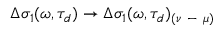
\Delta \sigma _ { 1 } ( \omega , \tau _ { d } ) \rightarrow \Delta \sigma _ { 1 } ( \omega , \tau _ { d } ) _ { ( \nu \mathrm { ~ - ~ } \mu ) }